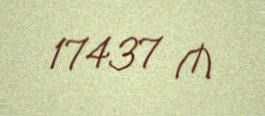
17437 ₼